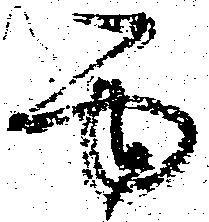
面